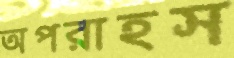
অপরাহস